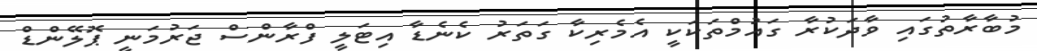
މުބާރާތުގައި ވާދަކުރާ ގައުމްތަކަކީ އެމެރިކާ ގަތަރު ކެނެޑާ އިޓަލީ ފްރާންސް ޖަރުމަނީ ޕޮލޭންޑް